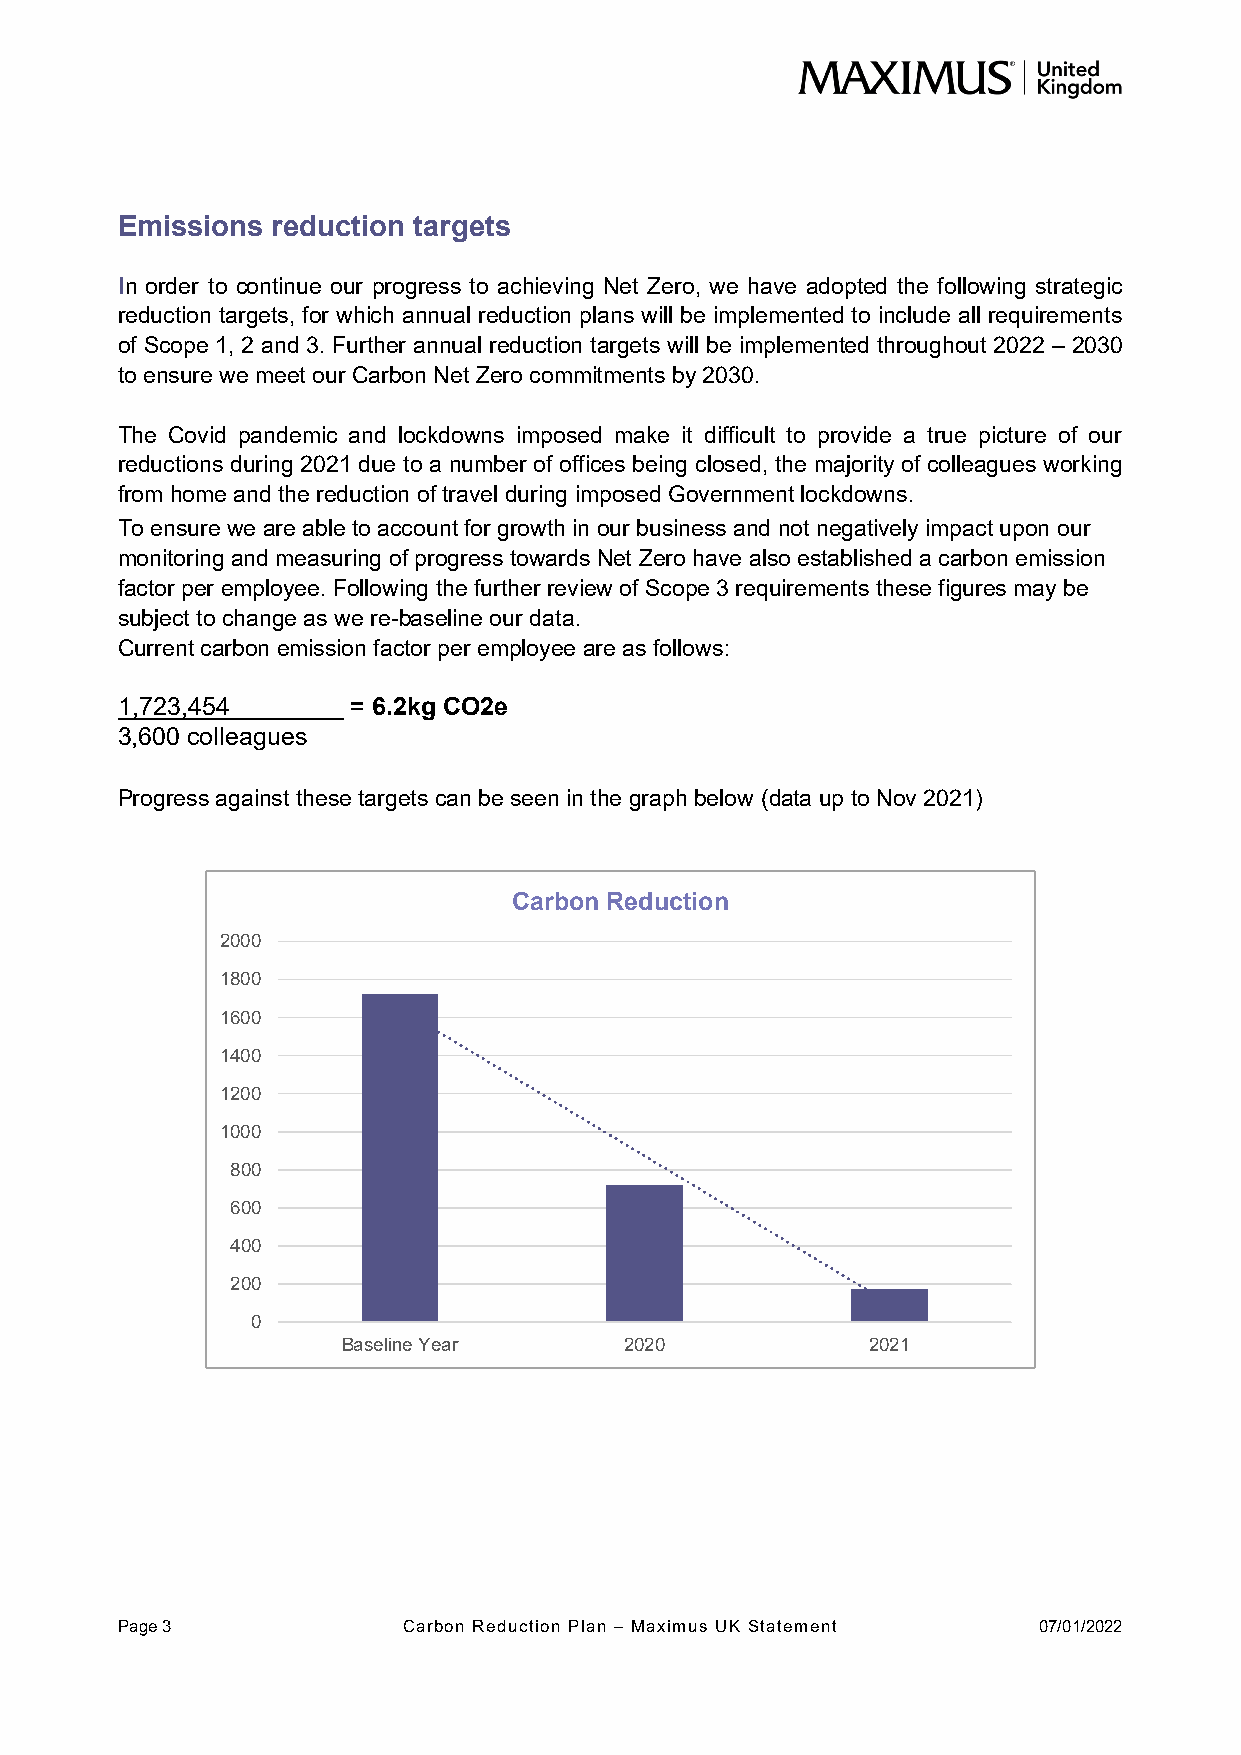
Emissions reduction targets
 In order to continue our progress to achieving Net Zero, we have adopted the following strategic
 reduction targets, for which annual reduction plans will be implemented to include all requirements
 of Scope 1, 2 and 3. Further annual reduction targets will be implemented throughout 2022 – 2030
 to ensure we meet our Carbon Net Zero commitments by 2030.
 The Covid pandemic and lockdowns imposed make it difficult to provide a true picture of our
 reductions during 2021 due to a number of offices being closed, the majority of colleagues working
 from home and the reduction of travel during imposed Government lockdowns.
 To ensure we are able to account for growth in our business and not negatively impact upon our
 monitoring and measuring of progress towards Net Zero have also established a carbon emission
 factor per employee. Following the further review of Scope 3 requirements these figures may be
 subject to change as we re-baseline our data.
 Current carbon emission factor per employee are as follows:
 1,723,454      = 6.2kg CO2e
 3,600 colleagues
 Progress against these targets can be seen in the graph below (data up to Nov 2021)
 Carbon Reduction
 2000
 1800
 1600
 1400
 1200
 1000
 800
 600
 400
 200
 0
 Baseline Year     2020            2021
 Page 3             Carbon Reduction Plan – Maximus UK Statement 07/01/2022